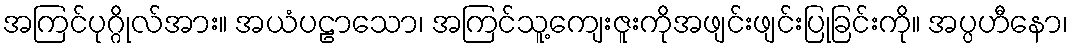
အကြင်ပုဂ္ဂိုလ်အား။ အယံပဠာသော၊ အကြင်သူ့ကျေးဇူးကိုအဖျင်းဖျင်းပြုခြင်းကို။ အပ္ပဟီနော၊